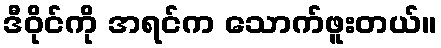
ဒီဝိုင်ကို အရင်က သောက်ဖူးတယ်။